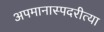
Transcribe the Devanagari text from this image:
अपमानास्पदरीत्या